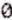
0